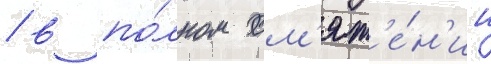
/ в по́лном см'ят'е́н'ии